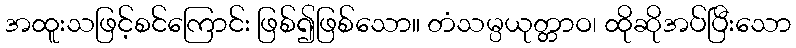
အထူးသဖြင့်စင်ကြောင်း ဖြစ်၍ဖြစ်သော။ တံသမ္ပယုတ္တာဝ၊ ထိုဆိုအပ်ပြီးသော